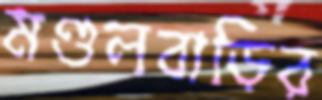
মণ্ডলবাড়ির